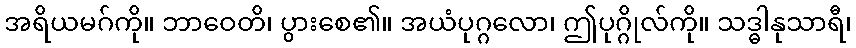
အရိယမဂ်ကို။ ဘာဝေတိ၊ ပွားစေ၏။ အယံပုဂ္ဂလော၊ ဤပုဂ္ဂိုလ်ကို။ သဒ္ဓါနုသာရီ၊